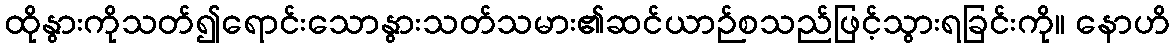
ထိုနွားကိုသတ်၍ရောင်းသောနွားသတ်သမား၏ဆင်ယာဉ်စသည်ဖြင့်သွားရခြင်းကို။ နောဟိ